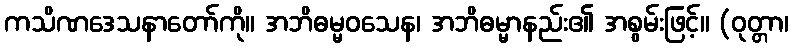
ကသိဏဒေသနာတော်ကို။ အဘိဓမ္မဝသေန၊ အဘိဓမ္မာနည်း၏ အစွမ်းဖြင့်။ (ဝုတ္တာ၊